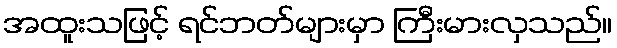
အထူးသဖြင့် ရင်ဘတ်များမှာ ကြီးမားလှသည်။